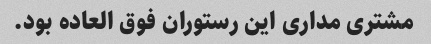
مشتری مداری این رستوران فوق العاده بود.